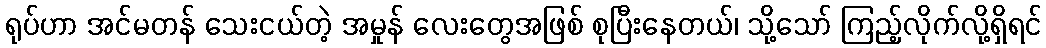
ရုပ်ဟာ အင်မတန် သေးငယ်တဲ့ အမှုန် လေးတွေအဖြစ် စုပြီးနေတယ်၊ သို့သော် ကြည့်လိုက်လို့ရှိရင်